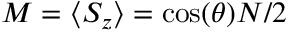
M = \langle S _ { z } \rangle = \cos ( \theta ) N / 2